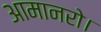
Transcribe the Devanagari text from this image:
आमानरो।